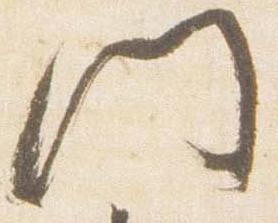
門